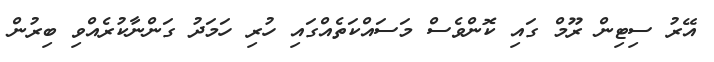
އޭރު ސިޓިން ރޫމް ގައި ކޮންވެސް މަސައްކަތެއްގައި ހުރި ހަމަދު ގަންނާކުރެއްވި ބިރުން